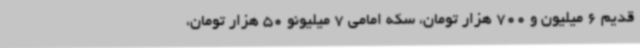
قدیم 6 میلیون و 700 هزار تومان، سکه امامی 7 میلیونو 50 هزار تومان،